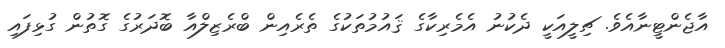
އާޖެންޓީނާއެވެ. ޗިލީއަކީ ދެކުނު އެމެރިކާގެ ޤައުމުތަކުގެ ތެރެއިން ބްރެޒިލްއާ ބޮދަރުގެ ގޮތުން ގުޅިފައި